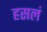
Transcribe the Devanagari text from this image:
हसलं